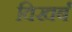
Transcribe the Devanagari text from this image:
विखर्ब